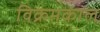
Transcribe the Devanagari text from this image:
विक्रमकाल